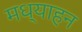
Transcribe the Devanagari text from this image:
मध्याहन